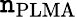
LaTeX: \mathtt{n}_{\mathrm{{PLMA}}}